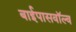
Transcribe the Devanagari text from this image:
बाईपासवॉल्व